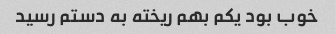
خوب بود یکم بهم ریخته به دستم رسید